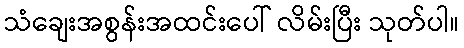
သံချေးအစွန်းအထင်းပေါ် လိမ်းပြီး သုတ်ပါ။